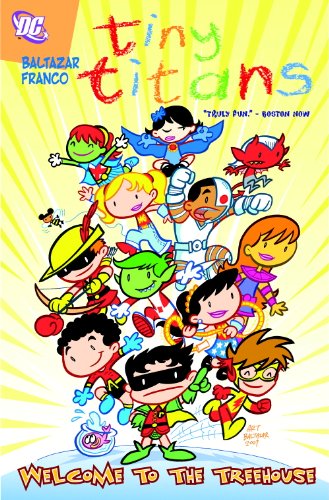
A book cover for Tiny Titans Vol. 1: Welcome to the Treehouse; Art Baltazar; Children's Books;